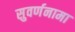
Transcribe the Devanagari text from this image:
सुवर्णनामा